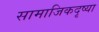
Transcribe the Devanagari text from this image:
सामाजिकदृष्या